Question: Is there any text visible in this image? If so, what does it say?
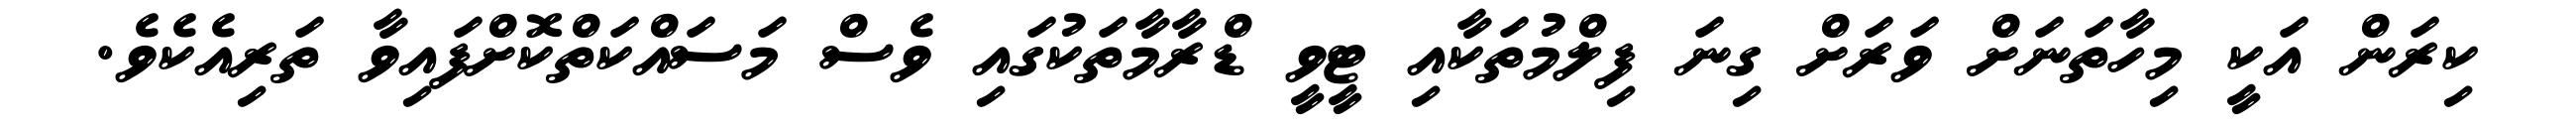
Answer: ކިރަން އަކީ މިހާތަނަށް ވަރަށް ގިނަ ފިލްމުތަކާއި ޓީވީ ޑްރާމާތަކުގައި ވެސް މަސައްކަތްކޮށްފައިވާ ތަރިއެކެވެ.